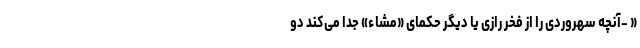
« -آنچه سهروردی را از فخر رازی یا دیگر حکمای «مشاء» جدا می‌کند دو